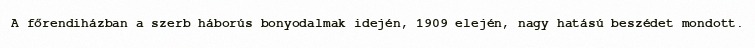
A főrendiházban a szerb háborús bonyodalmak idején, 1909 elején, nagy hatású beszédet mondott.